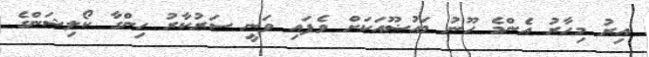
އިރު މިހާރު އެންމެ ހޫނު މައުޟޫއަކަށް ވެފައި ވަނީ ސަރުކާރު ހިންގާ ކޯލިޝަންގެ